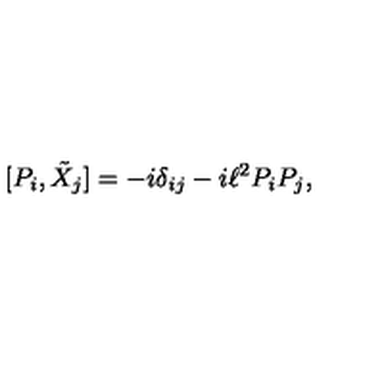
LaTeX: [ P _ { i } , \tilde { X } _ { j } ] = - i \delta _ { i j } - i \ell ^ { 2 } P _ { i } P _ { j } ,